Vital statistics of India. Vol. VI, European troops 1870-79
Year: 1870
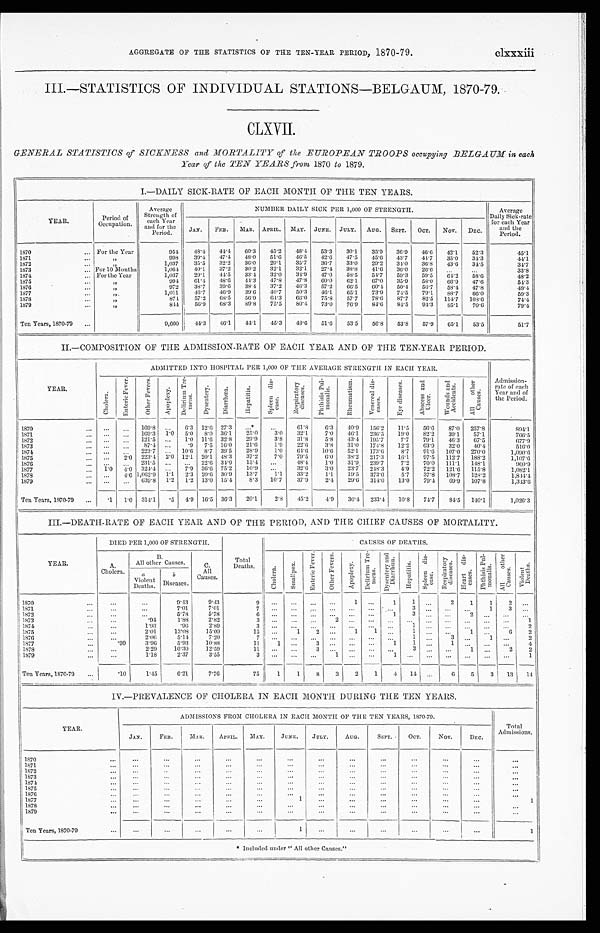
AGGREGATE OF THE STATISTICS OF THE TEN-YEAR PERIOD, 1870-79. clxxxiii
III.—STATISTICS OF INDIVIDUAL STATIONS—BELGAUM, 1870-79.
GENERA STATISTICS of SICKNESS and MORTALITY of the EUROPEAN TROOPS occupying BELGAUM in each
Year of the TEN YEARS from 1870 to 1879.
I.—DAILY SICK-RATE OF EACH MONTH OF THE TEN YEARS.
YEAR.
Period of
Occupation.
Average
Strength of
each Year
and for the Period.
NUMBER DAILY SICK PER 1,000 OF STRENGTH.
Average
Daily Sick-rate
for each Year
and the
Period.
JAN. FEB. MAR. APRIL. MAY. JUNE. JULY. AUG. SEPT. OCT. NOV. DEC.
1870
For the Year
9 5 4
4 8 . 4
4 4 . 4
6 0 . 3
4 5 . 2
4 8 . 4
5 3 . 3
3 0 . 1
3 5 . 9
3 6 . 9
4 6 . 6
4 2 . 1
5 2 . 3
4 5 . 1
1871.
"
9 9 8
3 9 . 4
4 7 . 4
4 8 . 0
5 1 . 6
4 6 . 5
4 2 . 6
4 7 . 5
4 5 . 6
4 3 . 7
4 4 . 7
3 5 . 0
3 4 . 3
4 4 . 1
1872
"
1 , 0 3 7
3 5 . 5
3 2 . 2
3 6 . 0
2 9 . 1
3 5 . 7
3 6 . 7
3 3 . 0
2 9 . 2
3 4 . 0
3 6 . 8
4 3 . 6
3 4 . 5
3 4 . 7
1873
... For 10 Months
1 , 0 6 4
4 0 . 1
3 7 . 2
3 0 . 2
3 2 . 1
3 2 . 1
2 7 . 4
3 8 . 8
4 1 . 6
3 6 . 0
2 6 . 6
. . .
. . .
3 3 . 8
1874
... For the Year
1 , 0 3 7
2 9 . 1
4 4 . 5
3 3 . 4
3 2 . 0
3 4 . 9
4 7 . 0
5 8 . 5
5 4 . 7
5 9 . 3
5 9 . 5
6 4 . 2
5 8 . 6
4 8 . 2
1875
...
"
9 9 4
6 1 . 4
4 8 . 6
4 4 . 3
4 7 . 8
4 7 . 8
6 0 . 6
6 2 . 1
6 7 . 0
3 5 . 9
5 8 . 0
6 6 . 9
4 7 . 6
5 4 . 3
1876
...
"
9 7 2
3 8 . 7
3 9 . 6
3 8 . 4
3 7 . 2
4 6 . 3
5 7 . 2
6 6 . 5
6 0 . 4
5 0 . 4
5 6 . 7
5 8 . 4
4 7 . 8
4 9 . 4
1877
"
1 , 0 1 1
4 6 . 7
4 6 . 9
3 9 . 6
4 0 . 7
5 0 . 3
4 6 . 1
6 5 . 1
7 3 . 9
7 4 . 5
7 9 . 1
8 8 . 7
6 6 . 0
5 9 . 3
1878
...
"
8 7 4
5 7 . 2
6 8 . 5
5 6 . 9
6 4 . 3
6 6 . 0
7 5 . 8
5 7 . 7
7 8 . 6
8 7 . 7
8 2 . 5
1 1 4 . 7
1 0 8 . 6
7 4 . 4
1879
"
8 4 4
5 6 . 9
6 8 . 3
8 9 . 8
7 5 . 5
8 0 . 4
7 3 . 0
7 6 . 9
8 4 . 6
8 4 . 5
9 4 . 3
8 5 . 1
7 0 . 6
7 9 . 4
Ten Years, 1870-759
9 , 6 6 0
4 4 . 3
4 6 . 1
4 4 . 1
4 5 . 3
4 8 . 6
5 1 . 6
5 3 . 5
5 6 . 8
5 3 . 8
5 7 . 9
6 5 . 1
5 3 . 5
5 1 . 7
II.—COMPOSITION OF THE ADMISSION-RATE OF EACH YEAR AND OF THE TEN-YEAR PERIOD.
YEAR.
ADMITTED INTO HOSPITAL PER 1,000 OF THE AVERAGE STRENGTH IN EACH YEAR.
Admission-
rate of each
Year and of
the Period.
C h o l e r a .
E n t e r i c F e v e r .
O t h e r F e v e r s .
Apoplexy.
De l i r i um Tr e me ns
D y s e n t e r y .
D i a r r h œ a .
H e p a t i t i s .
S p l e e n d i s e a s e .
R e s p i r a t o r y d i s e a s e s .
P h t h i s i s P u l m o n a l i s .
R h e u m a t i s m .
V e n e r a l d i s e a s e s .
E y e d i s e a s e s .
A b s e e s s a n d U l c e r .
W o u n d s a n d A c c i d e n t s .
A l l o t h e r C a u s e s .
1870
. . .
. . .
1 6 9 . 8 . . .
6 . 3
1 2 . 6
2 7 . 3
. . . *
. . .
6 1 . 8
6 . 3
4 0 . 9
1 5 6 . 2
1 1 . 5
5 6 . 6
8 7 . 0
2 5 7 . 8
8 9 4 . 1
1871
. . .
. . .
1 6 9 . 3 1 . 0
5 . 0
8 . 0
3 6 . 1
2 5 . 0
3 . 0
3 2 . 1
7 . 0
4 6 . 1
2 3 6 . 5
1 9 . 0
8 2 . 2
3 9 . 1
5 7 . 1
7 6 6 . 5
1872
. . .
. . .
1 2 1 . 5 . . .
1 . 0
1 1 . 6
3 2 . 8
2 9 . 9
3 . 8
3 1 . 8
5 . 8
4 3 . 4
1 9 5 . 7
7 . 7
7 9 . 1
4 6 . 3
6 7 . 5
6 7 7 . 9
1873
. . .
. . .
8 7 . 4 . . .
. 9
7 . 5
1 6 . 0
2 1 . 6
1 . 9
2 2 . 6
3 . 8
3 1 . 0
1 7 4 . 8
1 2 . 2
6 3 . 9
3 2 . 0
4 0 . 4
5 1 6 . 0
1874
. . .
. . .
2 2 3 . 7 . . .
1 0 . 6
8 . 7
3 9 . 5
2 8 . 9
1 . 0
6 4 . 6
1 0 . 6
5 2 . 1
1 7 3 . 6
8 . 7
9 1 . 6
1 0 7 . 0
2 7 0 . 0
1 , 0 9 0 . 6
1875
. . .
2 . 0
2 2 3 . 4
2 . 0
1 2 . 1
2 0 . 1
4 8 . 3
3 7 . 2
7 . 0
7 9 . 5
6 . 0
3 8 . 2
2 1 7 . 3
1 6 . 1
9 7 . 5
1 1 2 . 7
1 8 8 . 2
1 , 1 0 7 . 6
1876
. . .
. . .
2 3 1 . 5 . . .
. . .
2 2 . 6
3 4 . 0
1 5 . 4
. . .
4 8 . 4
1 . 0
3 1 . 9
2 3 9 . 7
7 . 2
7 0 . 0
1 1 1 . 1
1 4 8 . 1
9 6 0 . 9
1877
1 . 0
4 . 0
3 2 4 . 4 . . .
7 . 9
3 6 . 6
7 5 . 2
1 0 . 9
. . .
3 2 . 6
3 . 0
2 3 . 7
2 4 8 . 3
4 . 9
7 2 . 2
1 2 1 . 6
1 1 5 . 8
1 , 0 8 2 . 1
1878
. . .
4 . 6
1 , 0 6 2 . 9
1 . 1
2 . 3
2 0 . 6
3 0 . 9
1 3 . 7
1 . 1
3 3 . 2
1 . 1
1 9 . 5
3 7 3 . 0
5 . 7
3 7 . 8
1 0 8 . 7
1 2 8 . 2
1 , 8 4 4 . 4
1879
. . .
. . .
6 3 9 . 8 1 . 2
1 . 2
1 3 . 0
1 5 . 4
8 . 3
1 0 . 7
3 7 . 9
2 . 4
2 9 . 6
3 1 4 . 0
1 3 . 0
7 9 . 4
6 9 . 9
1 0 7 . 8
1 , 3 4 3 . 6
Ten Years, 1870-79
. 1
1 . 0
3 1 4 . 1 . 5
4 . 9
1 6 . 5
3 6 . 3
2 0 . 1
2 . 8
4 5 . 2
4 . 9
3 6 . 4
2 3 3 . 4
1 0 . 8
7 4 . 7
8 4 . 5
1 4 0 . 1
1 , 0 2 6 . 3
III.—DEATH-RATE OF EACH YEAR AND OF THE PERIOD, AND THE CHIEF CAUSES OF MORTALITY.
YEAR.
DIED PER 1,000 OF STRENGTH.
T o t a l D e a t h s .
C A U S E S O F D E A T H S .
A .
C h o l e r a .
B .
A l l o t h e r C a u s e s .
C .
A l l C a u s e s .
C h o l e r a .
S m a l l p o x .
E n t e r i c F e v e r . O t h e r F e v e r s .
A p o p l e x y .
D e l i r i u m T r e m e n s .
Dys e nt e r y a nd Di a r r hœa . H e p a t i t i s .
S p l e e n d i s e a s e .
R e s p i r a t o r y d i s e a s e s . H e a r t d i s e a s e s . P h t h i s i s P u l mo n a l i s .
A l l o t h e r C a u s e s .
V i o l e n t D e a t h s .
a V i o l e n t D e a t h s .
b D i s e a s e s .
1870
. . .
. . .
9 . 4 3
9 . 4 3
9
. . .
. . .
. . .
. . .
1
. . .
1
1 . . .
2
1
1 2
. . .
1871
. . .
. . .
7 . 0 1
7 . 0 1
7
. . .
. . .
. . . . . .
. . .
. . .
. . .
3 . . .
. . .
. . .
1
3
. . .
1872
. . .
. . .
5 . 7 8
5 . 7 8
6
. . .
. . .
. . .
. . . . . .
. . .
1
3 . . .
. . .
2
. . .
. . .
. . .
1 8 7 3
. . .
. 9 4
1 . 8 8
2 . 8 2
3
. . .
. . . . . .
2
. . .
. . .
. . . . . .
. . .
. . .
. . .
. . .
. . .
1
1874
. . .
1 . 9 3
. 9 6
2 . 8 9
3
. . .
. . .
. . .
. . .
. . .
. . .
. . .
1 . . .
. . .
. . . . . .
. . .
2
1 8 7 5
. . .
2 . 0 1
1 3 . 0 8
1 5 . 0 9
1 5
. . .
1
2 . . .
1
1 . . .
1 . . .
. . .
1
. . . 6
2
1876
. . .
2 . 0 6
5 . 1 4
7 . 2 0
7
. . .
. . .
. . .
. . .
. . .
. . .
. . .
1 . . .
3 . . .
1
. . .
2
1877
. 9 9
3 . 9 6
5 . 9 3
1 0 . 8 8
1 1
1
. . .
3 . . .
. . .
. . .
1
1 . . .
1
. . .
. . . . . .
4
1878
. . .
2 . 2 9
1 0 . 3 0
1 2 . 5 9
1 1
. . .
. . .
3 . . . . . .
. . .
. . .
3 . . .
. . .
1
. . . 2
2
1879
. . .
1 . 1 8
2 . 3 7
3 . 5 5
3
. . .
. . .
. . .
1
. . .
. . .
1 . . .
. . .
. . .
. . .
. . .
. . .
1
Ten Years, 1870-79
. 1 0
1 . 4 5
6 . 2 1
7 . 7 6
7 5 1
1
8 3 2
1
4
1 4 . . .
6
5
3
1 3
1 4
IV.-PEEVALENCE OF CHOLERA IN EACH MONTH DURING THE TEN YEARS.
YEAR.
ADMISSIONS FROM CHOLERA IN EACH MONTH OF THE TEN YEARS, 1870-79.
Total Admi ssi ons.
JAN.
FEB.
MAR. APRIL.
MAY. JUNE. JULY.
AUG.
SEPT.
OCT.
NOV.
DEC.
1 8 7 0
. . .
. . .
. . .
. . .
. . .
. . .
. . .
. . .
. . .
. . .
. . .
. . .
. . .
1871
. . .
. . .
. . .
. . .
. . .
. . .
. . .
. . .
. . .
. . .
. . .
. . .
. . .
1 8 7 2
. . .
. . .
. . .
. . .
. . .
. . .
. . .
. . .
. . .
. . .
. . .
. . .
. . .
1 8 7 3
. . .
. . .
. . .
. . .
. . .
. . .
. . .
. . .
. . .
. . .
. . .
. . .
. . .
1 8 7 4
. . .
. . .
. . .
. . .
. . .
. . .
. . .
. . .
. . .
. . .
. . .
. . .
. . .
1875
. . .
. . .
. . .
. . .
. . .
. . .
. . .
. . .
. . .
. . .
. . .
. . .
. . .
1 8 7 6
. . .
. . .
. . .
. . .
. . .
. . .
. . .
. . .
. . .
. . .
. . .
. . .
. . .
1877
. . .
. . .
. . .
. . .
. . .
1
. . .
. . .
. . .
. . .
. . .
. . .
1
1878
. . .
. . .
. . .
. . .
. . .
. . .
. . .
. . .
. . .
. . .
. . .
. . .
. . .
1879
. . .
. . .
. . .
. . .
. . .
. . .
. . .
. . .
. . .
. . .
. . .
. . .
. . .
Ten Years, 1870-79
. . .
. . .
. . .
. . .
. . .
1
. . .
. . .
. . .
. . .
. . .
. . .
1